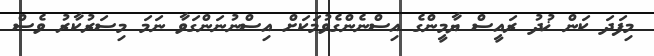
މިފަދަ ކަން ޚުދު ރައީސް ޔާމީންގެ އިސްނެންގެވުމަކަށް އިސްނުނަންގަވާ ނަމަ މިސަރުކާރު ވެސް